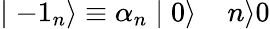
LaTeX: \mid-{1}_{n}\rangle\equiv{\alpha}_{n}\mid 0\rangle\; \; \; \; n\rangle 0